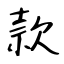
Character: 款